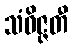
သံဝိဇ္ဇတီ